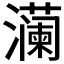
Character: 𬉠